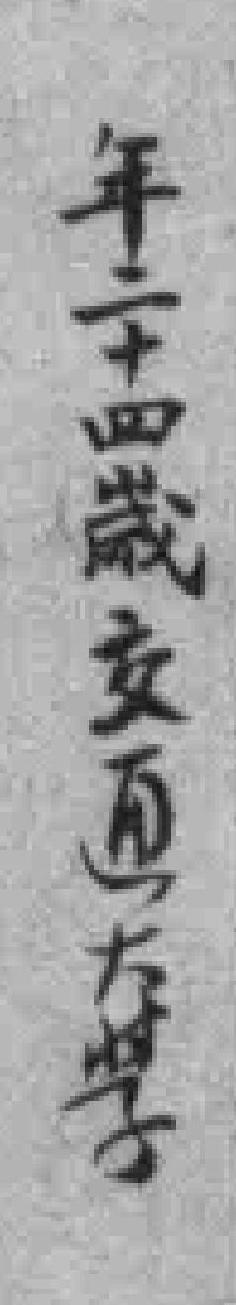
年二十四歲交通大學